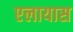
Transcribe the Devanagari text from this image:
एलायास